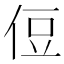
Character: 侸